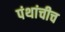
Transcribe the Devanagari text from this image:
पंथांचीच